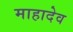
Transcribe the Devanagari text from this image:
माहादेव